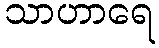
သာဟာရေ